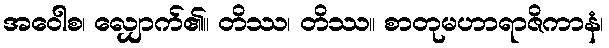
အဝေါစ၊ လျှောက်၏။ တိဿ၊ တိဿ။ စာတုမဟာရာဇိကာနံ၊